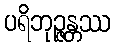
ပရိဘုဉ္ဇန္တဿ